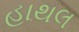
હાથલ